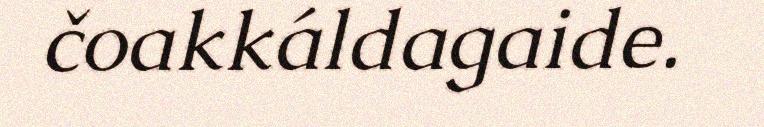
čoakkáldagaide.